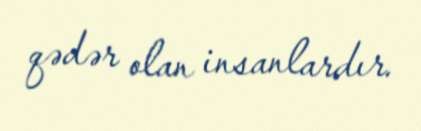
qədər olan insanlardır.